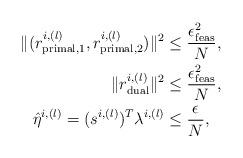
LaTeX: \begin{align*}\|(r_{\textrm{primal,1}}^{i,(l)},r_{\textrm{primal,2}}^{i,(l)})\|^2&\leq\frac{\epsilon_{\textrm{feas}}^2}{N},\\\|r_{\textrm{dual}}^{i,(l)}\|^2&\leq\frac{\epsilon_{\textrm{feas}}^2}{N},\\\hat{\eta}^{i,(l)}=(s^{i,(l)})^T\lambda^{i,(l)}&\leq\frac{\epsilon}{N},\end{align*}